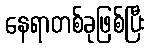
နေရာတစ်ခုဖြစ်ပြီး